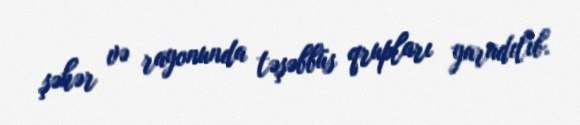
şəhər və rayonunda təşəbbüs qrupları yaradılıb.